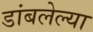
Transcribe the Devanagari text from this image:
डांबलेल्या